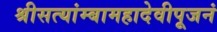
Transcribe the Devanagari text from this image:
श्रीसत्यांम्बामहादेवीपूजनं